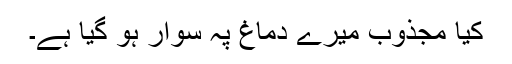
کیا مجذوب میرے دماغ پہ سوار ہو گیا ہے۔